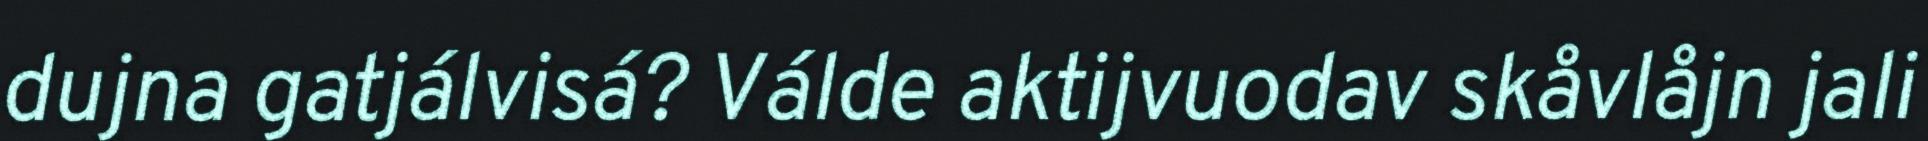
dujna gatjálvisá? Válde aktijvuodav skåvlåjn jali